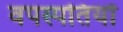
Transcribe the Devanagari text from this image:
वपस्पतियों